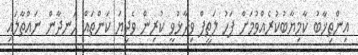
އިންތިޚާބު ކާމިޔާބުކުރެއްވުމަށް ފަހު ލަތީފް ވިދާޅުވީ ކުރިން ވެދިޔަ ކަންތައް ހަނދާން ނައްތާލައި